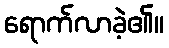
ရောက်လာခဲ့၏။